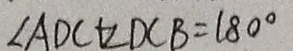
\angle A D C + \angle D C B = 1 8 0 ^ { \circ }